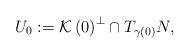
LaTeX: \begin{align*}U_{0}:=\mathcal{K}\left( 0\right) ^{\perp}\cap T_{\gamma\left( 0\right)}N,\end{align*}